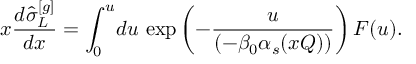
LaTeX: x \frac { d \hat { \sigma } _ { L } ^ { [ g ] } } { d x } = \int _ { 0 } ^ { u } \! d u \, \exp \left( - \frac { u } { ( - \beta _ { 0 } \alpha _ { s } ( x Q ) ) } \right) F ( u ) .